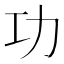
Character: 功